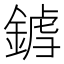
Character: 𨩝